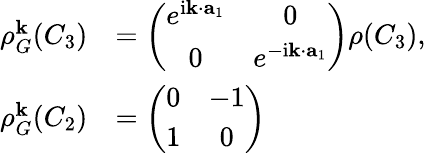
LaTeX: \begin{array}{rl}{\rho_{G}^{\mathbf k}(C_{3})}&{=\left(\begin{array}{cc}{e^{\mathrm{i}{\mathbf k}\cdot{\mathbf a_{1}}}}&{0}\\ {0}&{e^{-\mathrm{i}{\mathbf k}\cdot{\mathbf a_{1}}}}\end{array}\right)\rho(C_{3}),}\\ {\rho_{G}^{\mathbf k}(C_{2})}&{=\left(\begin{array}{cc}{0}&{-1}\\ {1}&{0}\end{array}\right)}\end{array}